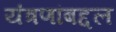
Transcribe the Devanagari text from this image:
यंत्रणांबद्दल